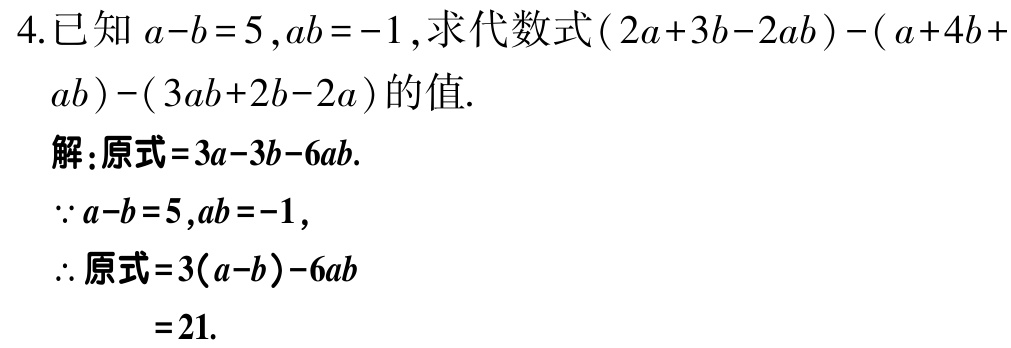
4. 已知 \(a - b = 5\), \(ab = -1\), 求代数式\((2a + 3b - 2ab)-(a + 4b + ab)-(3ab + 2b - 2a)\)的值.

解：原式\(=3a - 3b - 6ab\).

\(\because a - b = 5\), \(ab = -1\),

\(\therefore\)原式\(=3(a - b)-6ab\)

\(=21\).